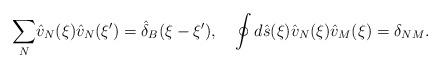
LaTeX: \begin{align*}{\sum_N}{\hat{v}_N}(\xi){\hat{v}_N}(\xi')={\hat{\delta}_B}(\xi-\xi'),\quad\oint{d}\hat{s}(\xi){\hat{v}_N}(\xi){\hat{v}_M}(\xi)={\delta_{NM}}.\end{align*}